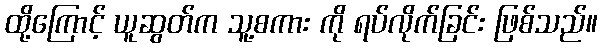
ထို့ကြောင့် ယူဆွတ်က သူ့စကား ကို ရပ်လိုက်ခြင်း ဖြစ်သည်။